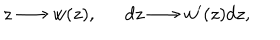
z \longrightarrow w ( z ) , d z \longrightarrow w ^ { \prime } ( z ) d z ,